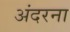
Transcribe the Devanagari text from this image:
अंदरना